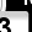
Digit: 3